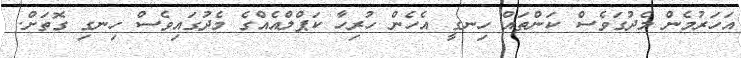
އަހަރުމެން މެދުގަވެސް ކަންތައް ހިނގީ އެހެން ހުރިހާ ކަޕްލްއެއްގެ މެދުގައިވެސް ހިނގި ގޮތަށް.